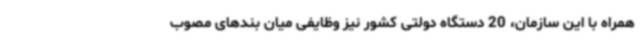
همراه با این سازمان، 20 دستگاه دولتی کشور نیز وظایفی میان بندهای مصوب